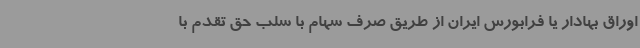
اوراق بهادار یا فرابورس ایران از طریق صرف سهام با سلب حق تقدم با